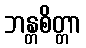
ဘန္တစိတ္တာ